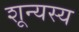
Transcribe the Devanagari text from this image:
शून्यस्य